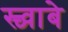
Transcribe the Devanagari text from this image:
स्च्वाबे